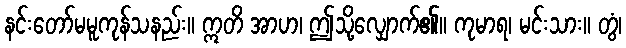
နင်းတော်မမူကုန်သနည်း။ ဣတိ အာဟ၊ ဤသို့လျှောက်၏။ ကုမာရ၊ မင်းသား။ တွံ၊